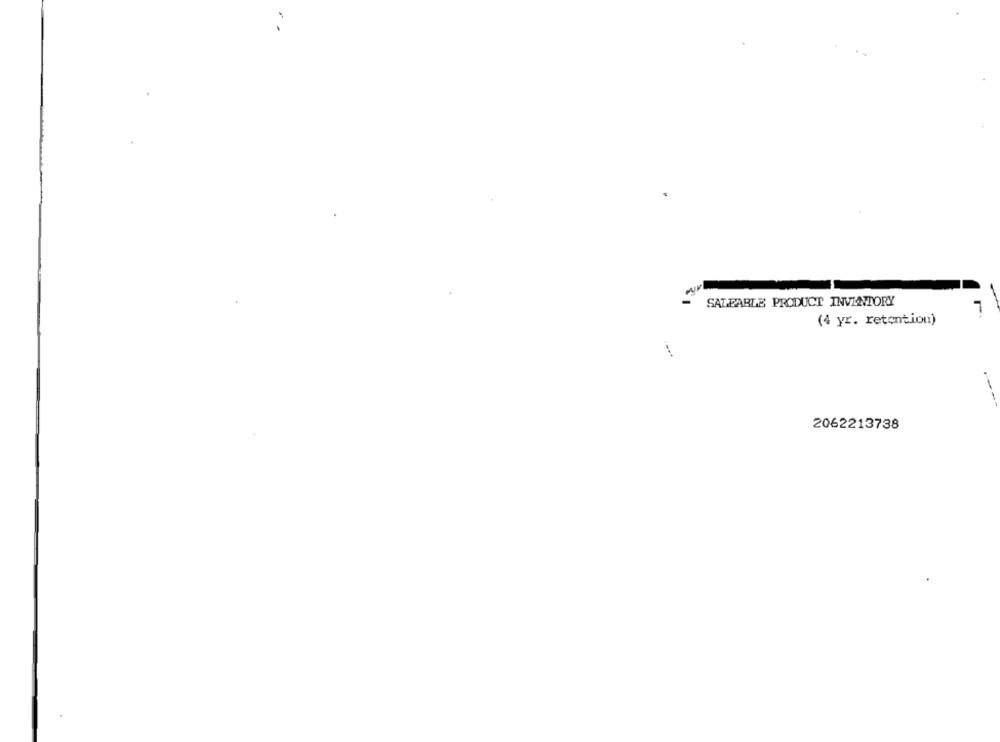
SALEABLE PRODUCT INVENTORY
(4 yr. retention)
2062213738